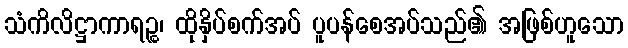
သံကိလိဋ္ဌာကာရဉ္စ၊ ထိုနှိပ်စက်အပ် ပူပန်စေအပ်သည်၏ အဖြစ်ဟူသော